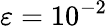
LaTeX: {\varepsilon}=10^{-2}